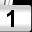
Digit: 1